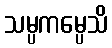
သမ္ပကမ္ပေသိ